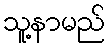
သူ့နာမည်